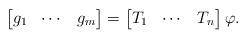
LaTeX: \begin{align*}\begin{bmatrix}g_1&\cdots&g_m\end{bmatrix}=\begin{bmatrix}T_1&\cdots&T_n\end{bmatrix}\varphi.\end{align*}